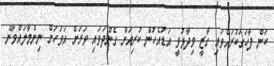
ކަން ފާހަގަކުރައްވައި ގާޒީ ވިދާޅުވީ އަޑުއެހުން ކުރިއަށް ގެންދަވައި ވަރަށް އަވަހަށް ނިންމާލައްވާނެ